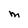
Character: M